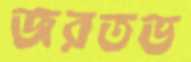
জরতভ